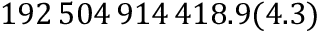
1 9 2 \, 5 0 4 \, 9 1 4 \, 4 1 8 . 9 ( 4 . 3 )